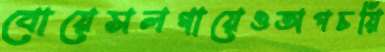
বোয়েসলগায়েওঅপচয়ি